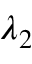
\lambda _ { 2 }